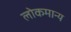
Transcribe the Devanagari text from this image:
लोकमान्‍य